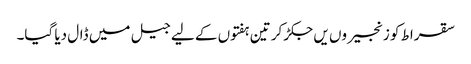
سقراط کو زنجیروں یں جکڑ کر تین ہفتوں کے لیے جیل میں ڈال دیا گیا۔